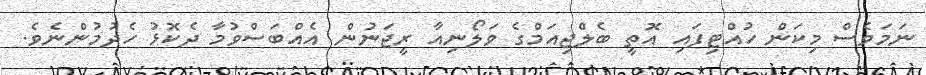
ނަމަވެސް މިކަން ހުއްޓިފައި އޮތީ ބެލްޖިއަމްގެ ވަލޯނިއާ ރީޖަނުން އެއްބަސްވުމާ ދެކޮޅު ހެދުމުންނެވެ.